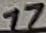
Text: 17